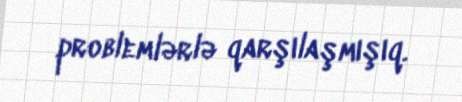
problemlərlə qarşılaşmışıq.